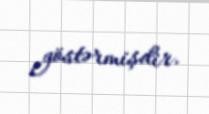
göstərmişdir.